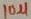
Text: 10µ